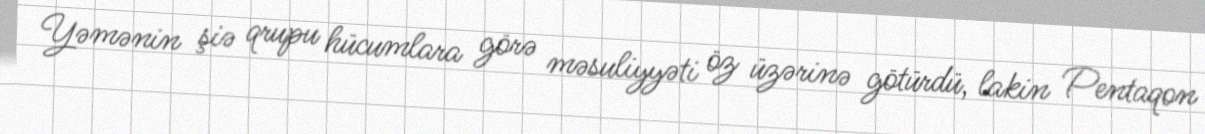
Yəmənin şiə qrupu hücumlara görə məsuliyyəti öz üzərinə götürdü, lakin Pentaqon